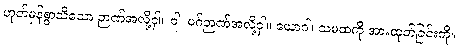
ဟုတ်မှန်စွာသိသော ဉာဏ်အလို့ငှါ။ ဝါ၊ မဂ်ဉာဏ်အလို့ငှါ။ ယောဂါ၊ သမထကို အားထုတ်ခြင်းကို။